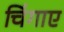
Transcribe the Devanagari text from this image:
चिंगाए